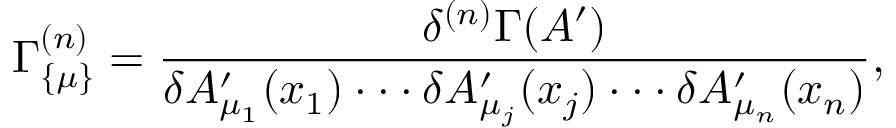
\Gamma _ { \{ \mu \} } ^ { ( n ) } = { \frac { \delta ^ { ( n ) } \Gamma ( A ^ { \prime } ) } { \delta A _ { \mu _ { 1 } } ^ { \prime } ( x _ { 1 } ) \cdot \cdot \cdot \delta A _ { \mu _ { j } } ^ { \prime } ( x _ { j } ) \cdot \cdot \cdot \delta A _ { \mu _ { n } } ^ { \prime } ( x _ { n } ) } } ,